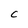
Character: C